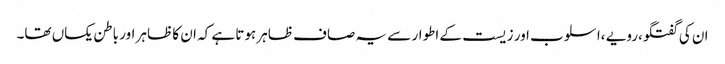
ان کی گفتگو،رویے ،اسلوب اور زیست کے اطوار سے یہ صاف ظاہر ہوتا ہے کہ ان کا ظاہر اور باطن یکساں تھا۔